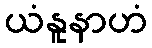
ယံနူနာဟံ